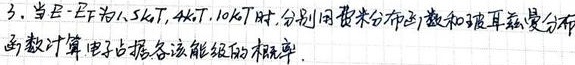
3. 当\(\varepsilon - E_F\)为\(1.5kT\)，\(4kT\)，\(10kT\)时，分别用费米分布函数和玻耳兹曼分布函数计算电子占据各该能级的概率。